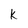
Character: k